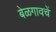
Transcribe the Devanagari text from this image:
बेळगावचें